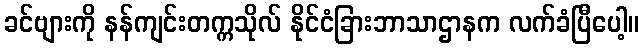
ခင်ဗျားကို နန်ကျင်းတက္ကသိုလ် နိုင်ငံခြားဘာသာဌာနက လက်ခံပြီပေါ့။